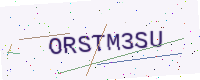
Text: ORSTM3SU